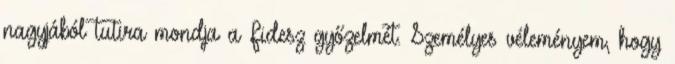
nagyjából tutira mondja a Fidesz győzelmét. Személyes véleményem, hogy